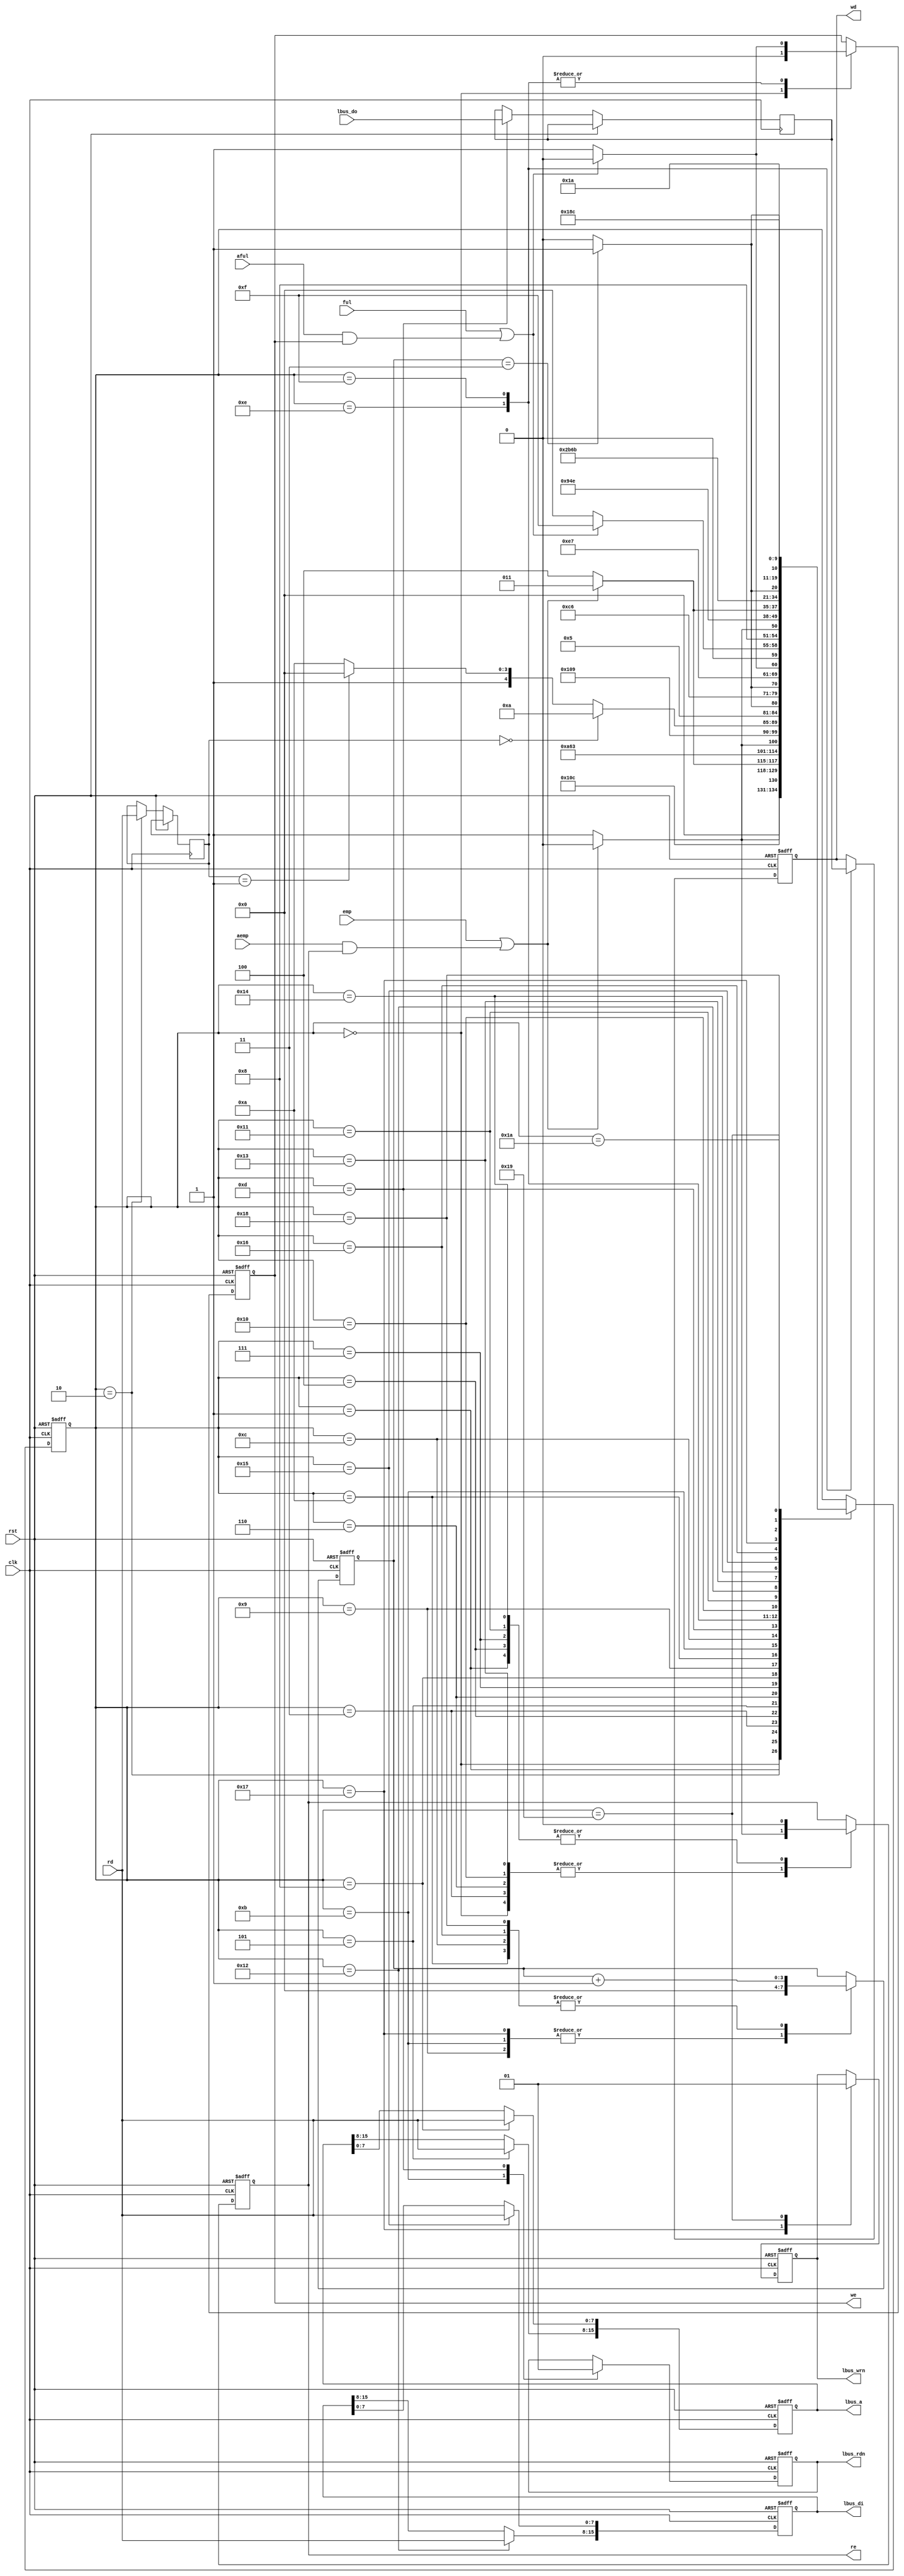
/*-------------------------------------------------------------------------
 AIST-LSI compatible Local bus controller
 
 File name   : ctrl_lbus.v
 Version     : 1.3
 Created     : APR/02/2012
 Last update : APR/11/2012
 Desgined by : Toshihiro Katashita
 
 
 Copyright (C) 2012 AIST
 
 By using this code, you agree to the following terms and conditions.
 
 This code is copyrighted by AIST ("us").
 
 Permission is hereby granted to copy, reproduce, redistribute or
 otherwise use this code as long as: there is no monetary profit gained
 specifically from the use or reproduction of this code, it is not sold,
 rented, traded or otherwise marketed, and this copyright notice is
 included prominently in any copy made.
 
 We shall not be liable for any damages, including without limitation
 direct, indirect, incidental, special or consequential damages arising
 from the use of this code.
 
 When you publish any results arising from the use of this code, we will
 appreciate it if you can cite our webpage
 (http://www.risec.aist.go.jp/project/sasebo/)
 -------------------------------------------------------------------------*/ 


//================================================ CTRL_LBUS
module CTRL_LBUS
  (lbus_a, lbus_di, lbus_do, lbus_wrn, lbus_rdn, // Local bus
   wd, we, ful, aful, rd, re, emp, aemp,         // Control signals of FIFO
   clk, rst);                                    // Clock and reset
   
   //------------------------------------------------
   // Local bus
   output [15:0] lbus_a;   // Address
   output [15:0] lbus_di;  // Input data  (Controller -> Cryptographic module)
   output        lbus_wrn; // Assert input data
   input [15:0]  lbus_do;  // Output data (Cryptographic module -> Controller)
   output        lbus_rdn; // Assert output data

   // Control signals of FIFO
   output [7:0]  wd;
   output        we;
   input         ful, aful;
   input [7:0]   rd;
   output        re;
   input         emp, aemp;

   // Clock and reset
   input         clk, rst;

   //------------------------------------------------
   reg [4:0]     state;
   reg [3:0]     cnt;
   reg [7:0]     wd;
   reg           we, re;
   wire          wr_busy, rd_busy;
   reg [15:0]    lbus_a;
   reg [15:0]    lbus_di;
   reg           lbus_rdn, lbus_wrn;
   reg [7:0]     cmd;
   reg [15:0]    fetch;
   
   //------------------------------------------------
   parameter [4:0]
     CMD0   = 5'h00,
     CMD1   = 5'h01,
     CMD2   = 5'h02,
     ADDR0  = 5'h03,
     ADDR1  = 5'h04,
     ADDR2  = 5'h05,
     ADDR3  = 5'h06,
     ADDR4  = 5'h07,
     ADDR5  = 5'h08,
     BRANCH = 5'h09,
     RD0    = 5'h0A,
     RD1    = 5'h0B,
     RD2    = 5'h0C,
     RD3    = 5'h0D,
     RD4    = 5'h0E,
     RD5    = 5'h0F,
     WR0    = 5'h10,
     WR1    = 5'h11,
     WR2    = 5'h12,
     WR3    = 5'h13,
     WR4    = 5'h14,
     WR5    = 5'h15,
     WR6    = 5'h16,
     WR7    = 5'h17,
     WR8    = 5'h18,
     WR9    = 5'h19,
     TRAP   = 5'h1A;
   
   //------------------------------------------------
   assign wr_busy = ful | (aful & we);
   assign rd_busy = emp | (aemp & re);

   always @(posedge clk or posedge rst) begin
      if (rst) begin
         state <= CMD0; cnt <= 4'h0;
         we <= 0; wd <= 8'h0; re <= 0;
         lbus_a <= 16'h0; lbus_di <= 16'h0; lbus_rdn <= 1; lbus_wrn <= 1;
      end else
        case (state)
          //--------
          CMD0: begin
             if (~rd_busy) begin state <= CMD1; re <= 1; end
             else          begin state <= CMD0; re <= 0; end
             we <= 0;
          end
          CMD1: begin state <= CMD2; re <= 0; end
          CMD2: begin state <= ADDR0; cmd <= rd; end

          //--------
          ADDR0: begin
             if (~rd_busy) begin state <= ADDR1; re <= 1; end
             else          begin state <= ADDR0; re <= 0; end
          end
          ADDR1: begin state <= ADDR2; re <= 0; end
          ADDR2: begin state <= ADDR3; lbus_a[15:8] <= rd; end

          ADDR3: begin
             if (~rd_busy) begin state <= ADDR4; re <= 1; end
             else          begin state <= ADDR3; re <= 0; end
          end
          ADDR4: begin state <= ADDR5; re <= 0; end
          ADDR5: begin state <= BRANCH; lbus_a[7:0] <= rd; end

          //--------
          BRANCH: begin
             if      (cmd==8'h00) state <= RD0;
             else if (cmd==8'h01) state <= WR0;
             else                 state <= TRAP;
             cnt <= 0;
          end

          //--------
          RD0: begin
             if (cnt==4'h3) state <= RD1;
             else           state <= RD0;
             cnt <= cnt + 4'h1;
          end
          RD1: begin state <= RD2; cnt <= 4'h0; lbus_rdn <= 0; end

          RD2: begin
             if (cnt==4'h3) state <= RD3;
             else           state <= RD2;
             cnt <= cnt + 4'h1;
          end
          RD3: begin state <= RD4; fetch <= lbus_do; lbus_rdn <= 1; end

          RD4: begin
             if (~wr_busy) begin state <= RD5; we <= 1; end
             else          begin state <= RD4; we <= 0; end
             wd <= fetch[15:8];
          end
          RD5: begin
             if (~wr_busy) begin state <= CMD0; we <= 1; end
             else          begin state <= RD5;  we <= 0; end
             wd <= fetch[7:0];
          end

          //--------
          WR0: begin
             if (~rd_busy) begin state <= WR1; re <= 1; end
             else          begin state <= WR0; re <= 0; end
          end
          WR1: begin state <= WR2; re <= 0; end
          WR2: begin state <= WR3; lbus_di[15:8] <= rd; end

          WR3: begin
             if (~rd_busy) begin state <= WR4; re <= 1; end
             else          begin state <= WR3; re <= 0; end
          end
          WR4: begin state <= WR5; re <= 0; end
          WR5: begin state <= WR6; lbus_di[7:0] <= rd; end

          WR6: begin
             if (cnt==4'h3) state <= WR7;
             else           state <= WR6;
             cnt <= cnt + 4'h1;
          end
          WR7: begin state <= WR8; cnt <= 4'h0; lbus_wrn <= 0; end

          WR8: begin
             if (cnt==4'h3) state <= WR9;
             else           state <= WR8;
             cnt <= cnt + 4'h1;
          end
          WR9: begin state <= CMD0; lbus_wrn <= 1; end

          //--------
          TRAP: begin state <= TRAP; end
        endcase // case (state)
   end // always @ (posedge clk or posedge rst)
   
endmodule // CTRL_LBUS